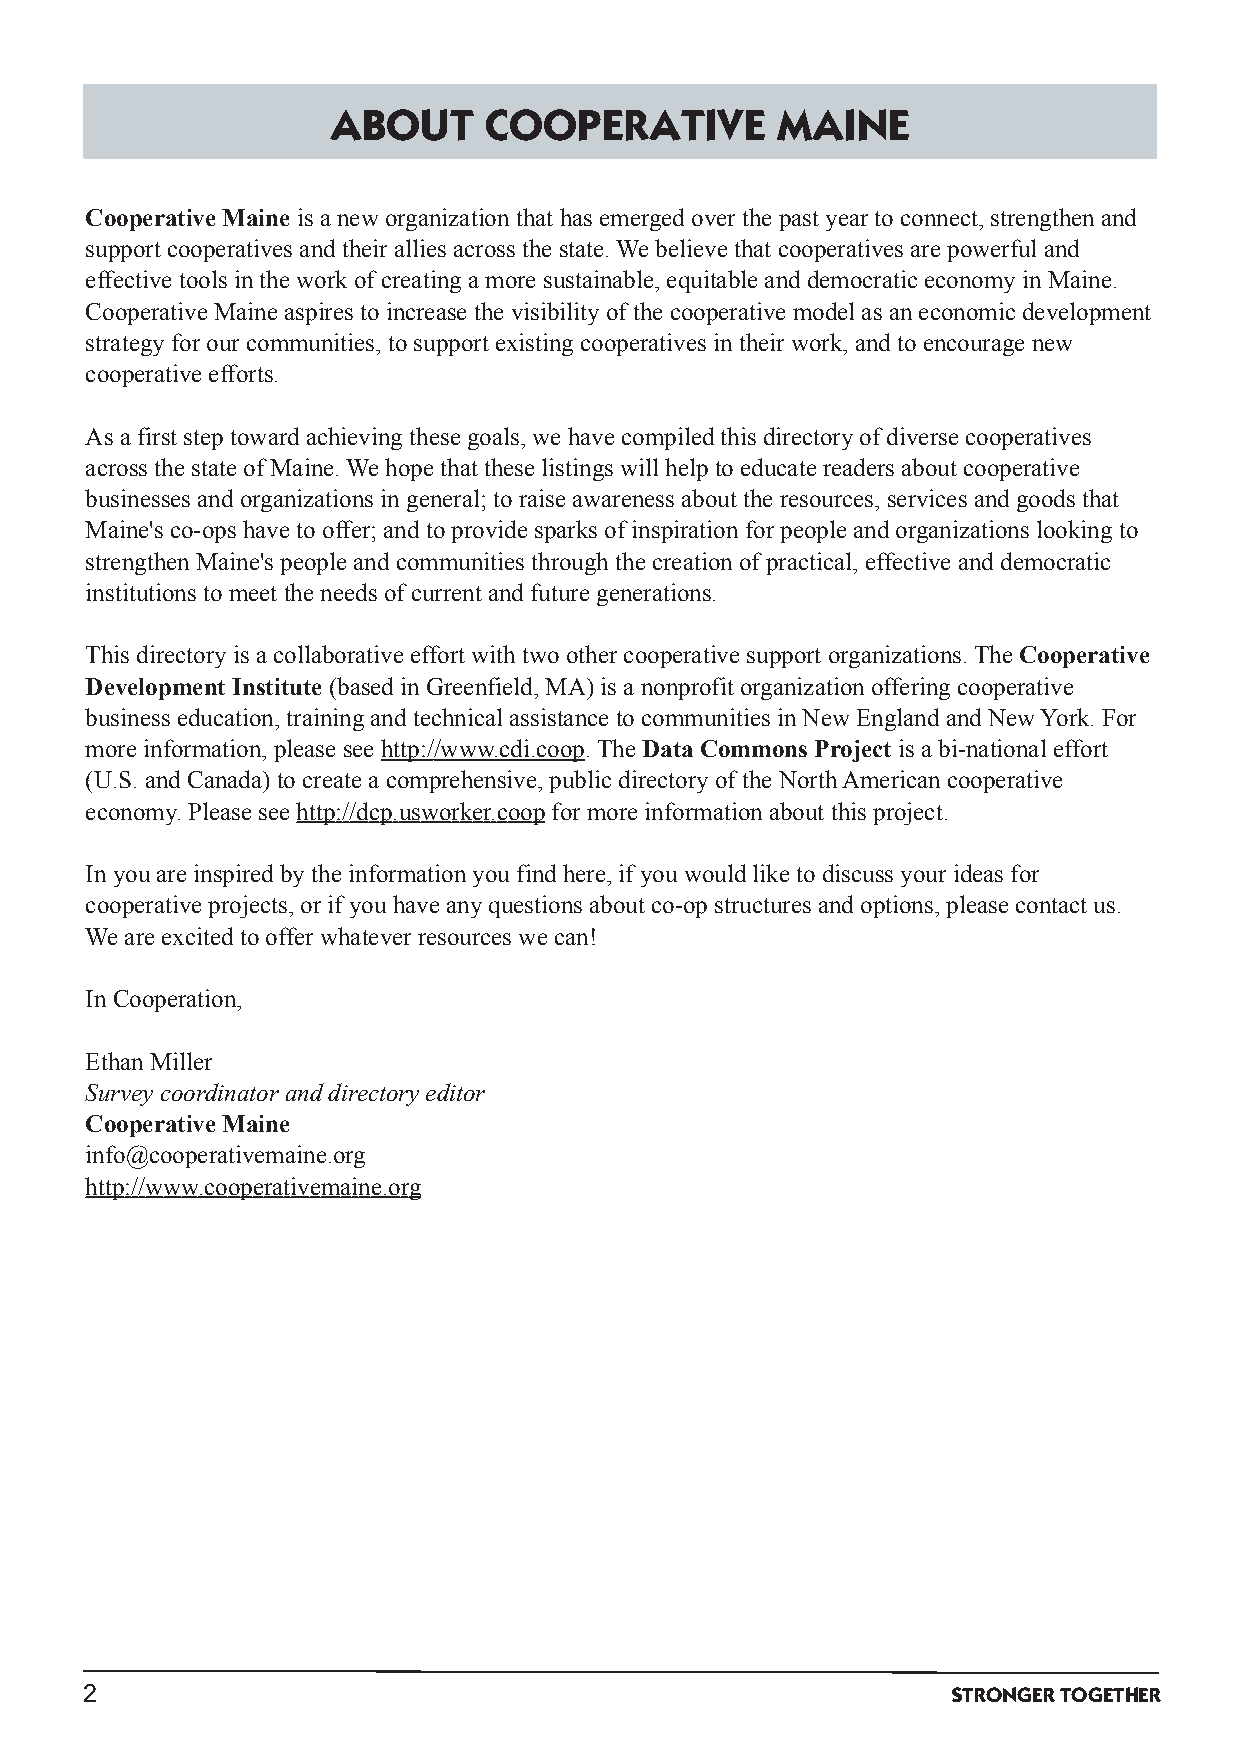
ABOUT     COOPERATIVE        MAINE
 Cooperative Maine is a new organizationthat has emergedover the past year toconnect,strengthenand
 support cooperatives andtheir allies across the state.We believe that cooperatives are powerful and
 effective tools inthe workof creatinga more sustainable,equitable anddemocratic economyinMaine.
 Cooperative Maine aspires toincrease the visibilityof the cooperative model as aneconomic development
 strategy for our communities,tosupport existingcooperatives intheir work,andtoencourage new
 cooperative efforts.
 As a first steptowardachievingthese goals,we have compiledthis directoryof diverse cooperatives
 across the state of Maine.We hope that these listings will helptoeducate readers about cooperative
 businesses andorganizations ingeneral; toraise awareness about the resources,services andgoods that
 Maine's co­ops have tooffer; andtoprovide sparks of inspirationfor people andorganizations lookingto
 strengthenMaine's people andcommunities throughthe creationof practical,effective anddemocratic
 institutions tomeet the needs of current andfuture generations.
 This directoryis a collaborative effort withtwoother cooperative support organizations.The Cooperative
 Development Institute (basedinGreenfield,MA) is a nonprofit organizationofferingcooperative
 business education,trainingandtechnical assistance tocommunities inNew EnglandandNewYork.For
 more information,please see http://www.cdi.coop.The DataCommons Project is a bi­national effort
 (U.S.andCanada) tocreate a comprehensive,public directoryof the NorthAmericancooperative
 economy.Please see http://dcp.usworker.coopfor more informationabout this project.
 Inyou are inspiredbythe informationyoufindhere,if youwouldlike todiscuss your ideas for
 cooperative projects,or if youhave anyquestions about co­opstructures andoptions,please contact us.
 We are excitedtooffer whatever resources we can!
 InCooperation,
 EthanMiller
 Survey coordinator anddirectory editor
 Cooperative Maine
 info@cooperativemaine.org
 http://www.cooperativemaine.org
 2                                                        STRONGERTOGETHER